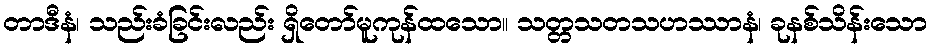
တာဒီနံ၊ သည်းခံခြင်းလည်း ရှိတော်မူကုန်ထသော။ သတ္တသတသဟဿာနံ၊ ခုနစ်သိန်းသော